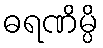
ဓရဏိမ္ပိ